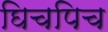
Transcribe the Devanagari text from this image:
घिचपिच